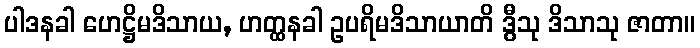
ပါဒနခါ ဟေဋ္ဌိမဒိသာယ, ဟတ္ထနခါ ဥပရိမဒိသာယာတိ ဒွီသု ဒိသာသု ဇာတာ။